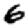
Digit: 6